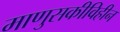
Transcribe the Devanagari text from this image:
माणुसकीविहीन